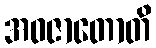
အဝဇာတောတိ